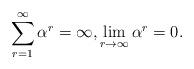
LaTeX: \begin{align*}\sum_{r=1}^{\infty}\alpha^r=\infty, \lim_{r\to\infty}\alpha^r=0. \end{align*}